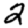
Digit: 2